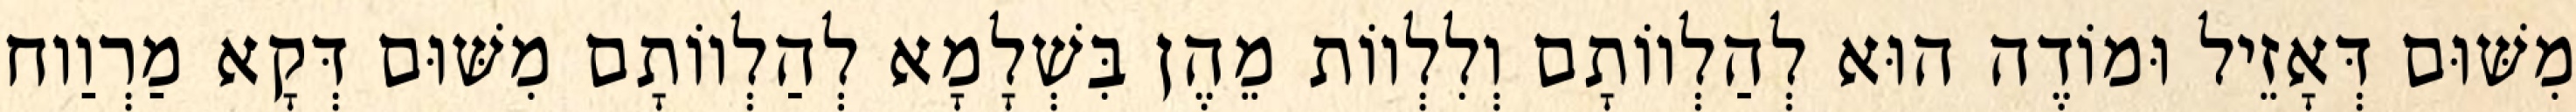
מִשּׁוּם דְּאָזֵיל וּמוֹדֶה הוּא לְהַלְווֹתָם וְלִלְווֹת מֵהֶן בִּשְׁלָמָא לְהַלְווֹתָם מִשּׁוּם דְּקָא מַרְוַוח